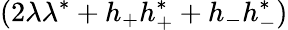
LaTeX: (2\lambda\lambda^{*}+h_{+}h_{+}^{*}+h_{-}h_{-}^{*})